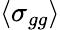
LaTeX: \langle\sigma_{gg}\rangle